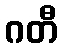
ဂတီ